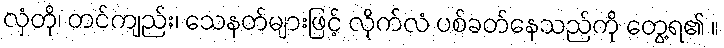
လှံတို၊ တင်ကျည်း၊ သေနတ်များဖြင့် လိုက်လံ ပစ်ခတ်နေသည်ကို တွေ့ရ၏ ။